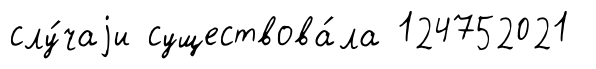
слу́чаjи существова́ла 124752021